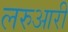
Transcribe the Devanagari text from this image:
लरुआरी